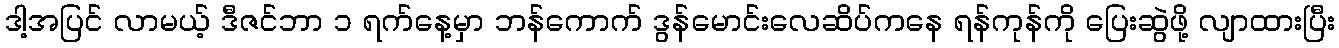
ဒါ့အပြင် လာမယ့် ဒီဇင်ဘာ ၁ ရက်နေ့မှာ ဘန်ကောက် ဒွန်မောင်းလေဆိပ်ကနေ ရန်ကုန်ကို ပြေးဆွဲဖို့ လျာထားပြီး